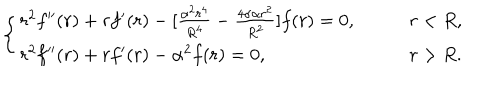
LaTeX: \left\{ \begin{array} { l l } { { r ^ { 2 } f ^ { \prime \prime } ( r ) + r f ^ { \prime } ( r ) - [ \frac { \alpha ^ { 2 } r ^ { 4 } } { R ^ { 4 } } - \frac { 4 \sigma \alpha r ^ { 2 } } { R ^ { 2 } } ] f ( r ) = 0 , } } & { { \qquad r < R , } } \\ { { r ^ { 2 } f ^ { \prime \prime } ( r ) + r f ^ { \prime } ( r ) - \alpha ^ { 2 } f ( r ) = 0 , } } & { { \qquad r > R . } } \\ \end{array} \right.